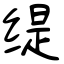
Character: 缇